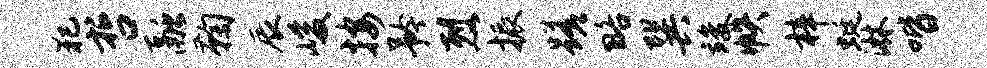
犯哲融鞠辰峻按矜烈振蹉略巽竣帙梓蜓淋喈